Burma Government Medical School reports 1923-41
Year: 1923
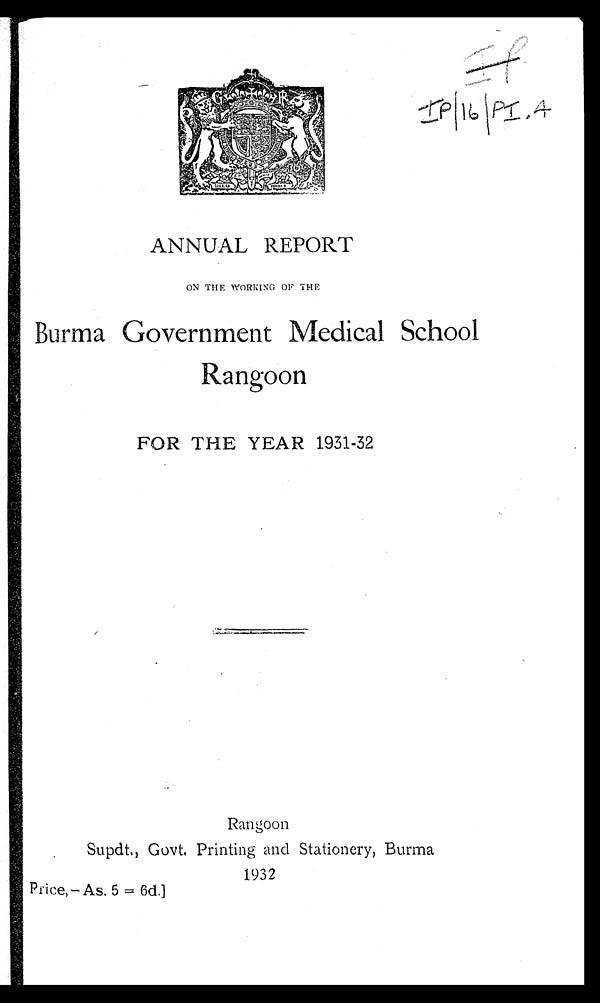
IP/16/PI.4
ANNUAL REPORT
ON THE WORKING OF THE
Burma Government Medical School
Rangoon
FOR THE YEAR 1931-32
Rangoon
Supdt., Govt. Printing and Stationery, Burma
1932
Price,— As. 5 = 6d.]